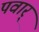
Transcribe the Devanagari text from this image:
पवार्